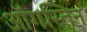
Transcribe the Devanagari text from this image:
ऑगस्तिन